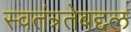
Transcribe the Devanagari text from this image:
स्वतंत्रतेबद्दल